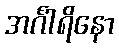
အင်္ဂါရိနော